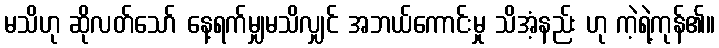
မသိဟု ဆိုလတ်သော် နေ့ရက်မျှမသိလျှင် အဘယ်ကောင်းမှု သိအံ့နည်း ဟု ကဲ့ရဲ့ကုန်၏။